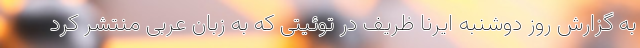
به گزارش روز دوشنبه ایرنا ظریف در توئیتی که به زبان عربی منتشر کرد